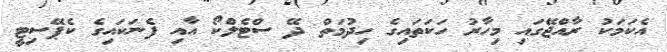
އެކަމަކު ރާއްޖޭގައި މިހާރު ހަކަތައިގެ ހިދުމަތް ދޭ ސްޓެލްކޯ އާއި ފެނަކައިގެ ކެޕޭސިޓީ